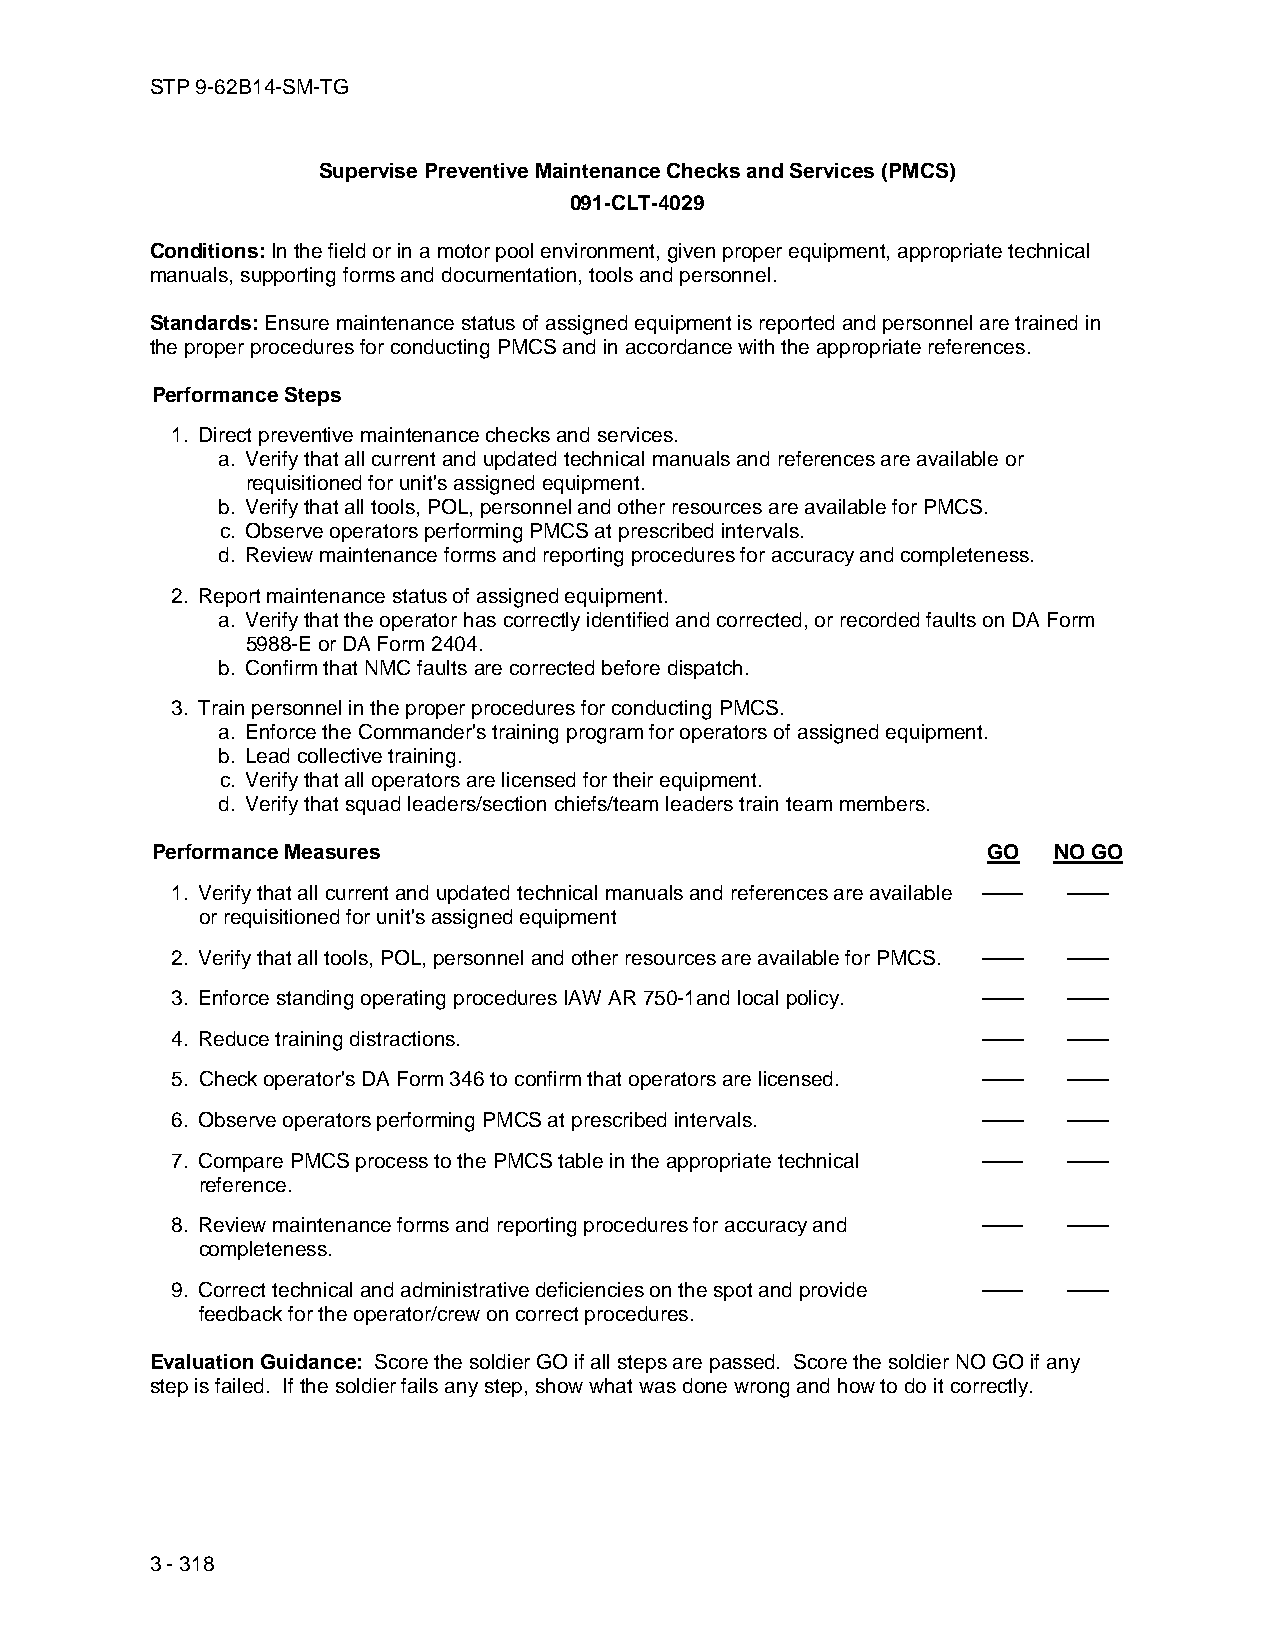
STP 9-62B14-SM-TG
 Supervise Preventive Maintenance Checks and Services (PMCS)
 091-CLT-4029
 Conditions: In the field or in a motor pool environment, given proper equipment, appropriate technical
 manuals, supporting forms and documentation, tools and personnel.
 Standards: Ensure maintenance status of assigned equipment is reported and personnel are trained in
 the proper procedures for conducting PMCS and in accordance with the appropriate references.
 Performance Steps
 1. Direct preventive maintenance checks and services.
 a. Verify that all current and updated technical manuals and references are available or
 requisitioned for unit's assigned equipment.
 b. Verify that all tools, POL, personnel and other resources are available for PMCS.
 c. Observe operators performing PMCS at prescribed intervals.
 d. Review maintenance forms and reporting procedures for accuracy and completeness.
 2. Report maintenance status of assigned equipment.
 a. Verify that the operator has correctly identified and corrected, or recorded faults on DA Form
 5988-E or DA Form 2404.
 b. Confirm that NMC faults are corrected before dispatch.
 3. Train personnel in the proper procedures for conducting PMCS.
 a. Enforce the Commander's training program for operators of assigned equipment.
 b. Lead collective training.
 c. Verify that all operators are licensed for their equipment.
 d. Verify that squad leaders/section chiefs/team leaders train team members.
 Performance Measures                                   GO   NO GO
 1. Verify that all current and updated technical manuals and references are available —— ——
 or requisitioned for unit's assigned equipment
 2. Verify that all tools, POL, personnel and other resources are available for PMCS. —— ——
 3. Enforce standing operating procedures IAW AR 750-1and local policy. —— ——
 4. Reduce training distractions.                      ——    ——
 5. Check operator's DA Form 346 to confirm that operators are licensed. —— ——
 6. Observe operators performing PMCS at prescribed intervals. —— ——
 7. Compare PMCS process to the PMCS table in the appropriate technical —— ——
 reference.
 8. Review maintenance forms and reporting procedures for accuracy and —— ——
 completeness.
 9. Correct technical and administrative deficiencies on the spot and provide —— ——
 feedback for the operator/crew on correct procedures.
 Evaluation Guidance: Score the soldier GO if all steps are passed. Score the soldier NO GO if any
 step is failed. If the soldier fails any step, show what was done wrong and how to do it correctly.
 3 - 318